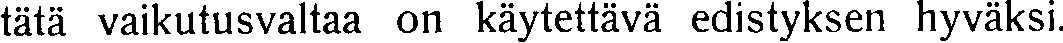
tätä vaikutusvaltaa on käytettävä edistyksen hyväksi.